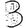
Digit: 3